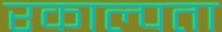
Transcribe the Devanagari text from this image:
रकाल्पता